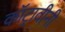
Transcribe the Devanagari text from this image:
कॉट्रावीनी